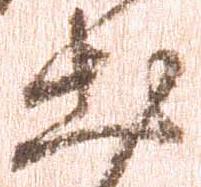
出